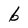
Character: b